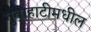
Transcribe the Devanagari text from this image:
गुवाहाटीमधील